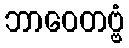
ဘာဝေတဗ္ဗံ